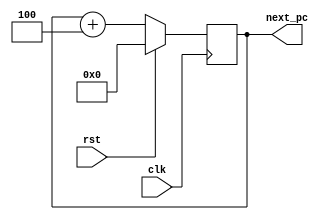
module program_counter2_2 (next_pc,rst,clk);
	output [0:31] next_pc;
	input clk;
	input rst;
	reg [0:31] next_pc;		
	always @(posedge clk)
	begin
		if(rst)
		begin
			next_pc<=32'd0;
		end
		else
		begin
			next_pc<=next_pc+32'd4;
		end
	end
endmodule